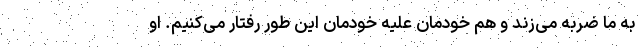
به ما ضربه می‌زند و هم خودمان علیه خودمان این طور رفتار می‌کنیم. او